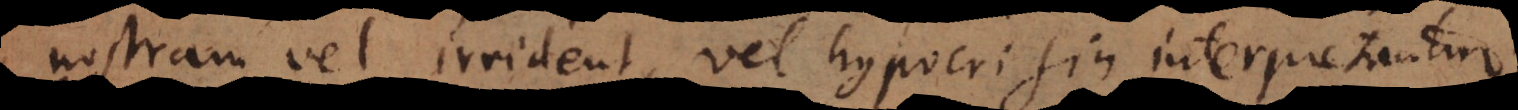
nostram vel irrident, vel hypocrisin interpretantur,